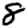
Digit: 8